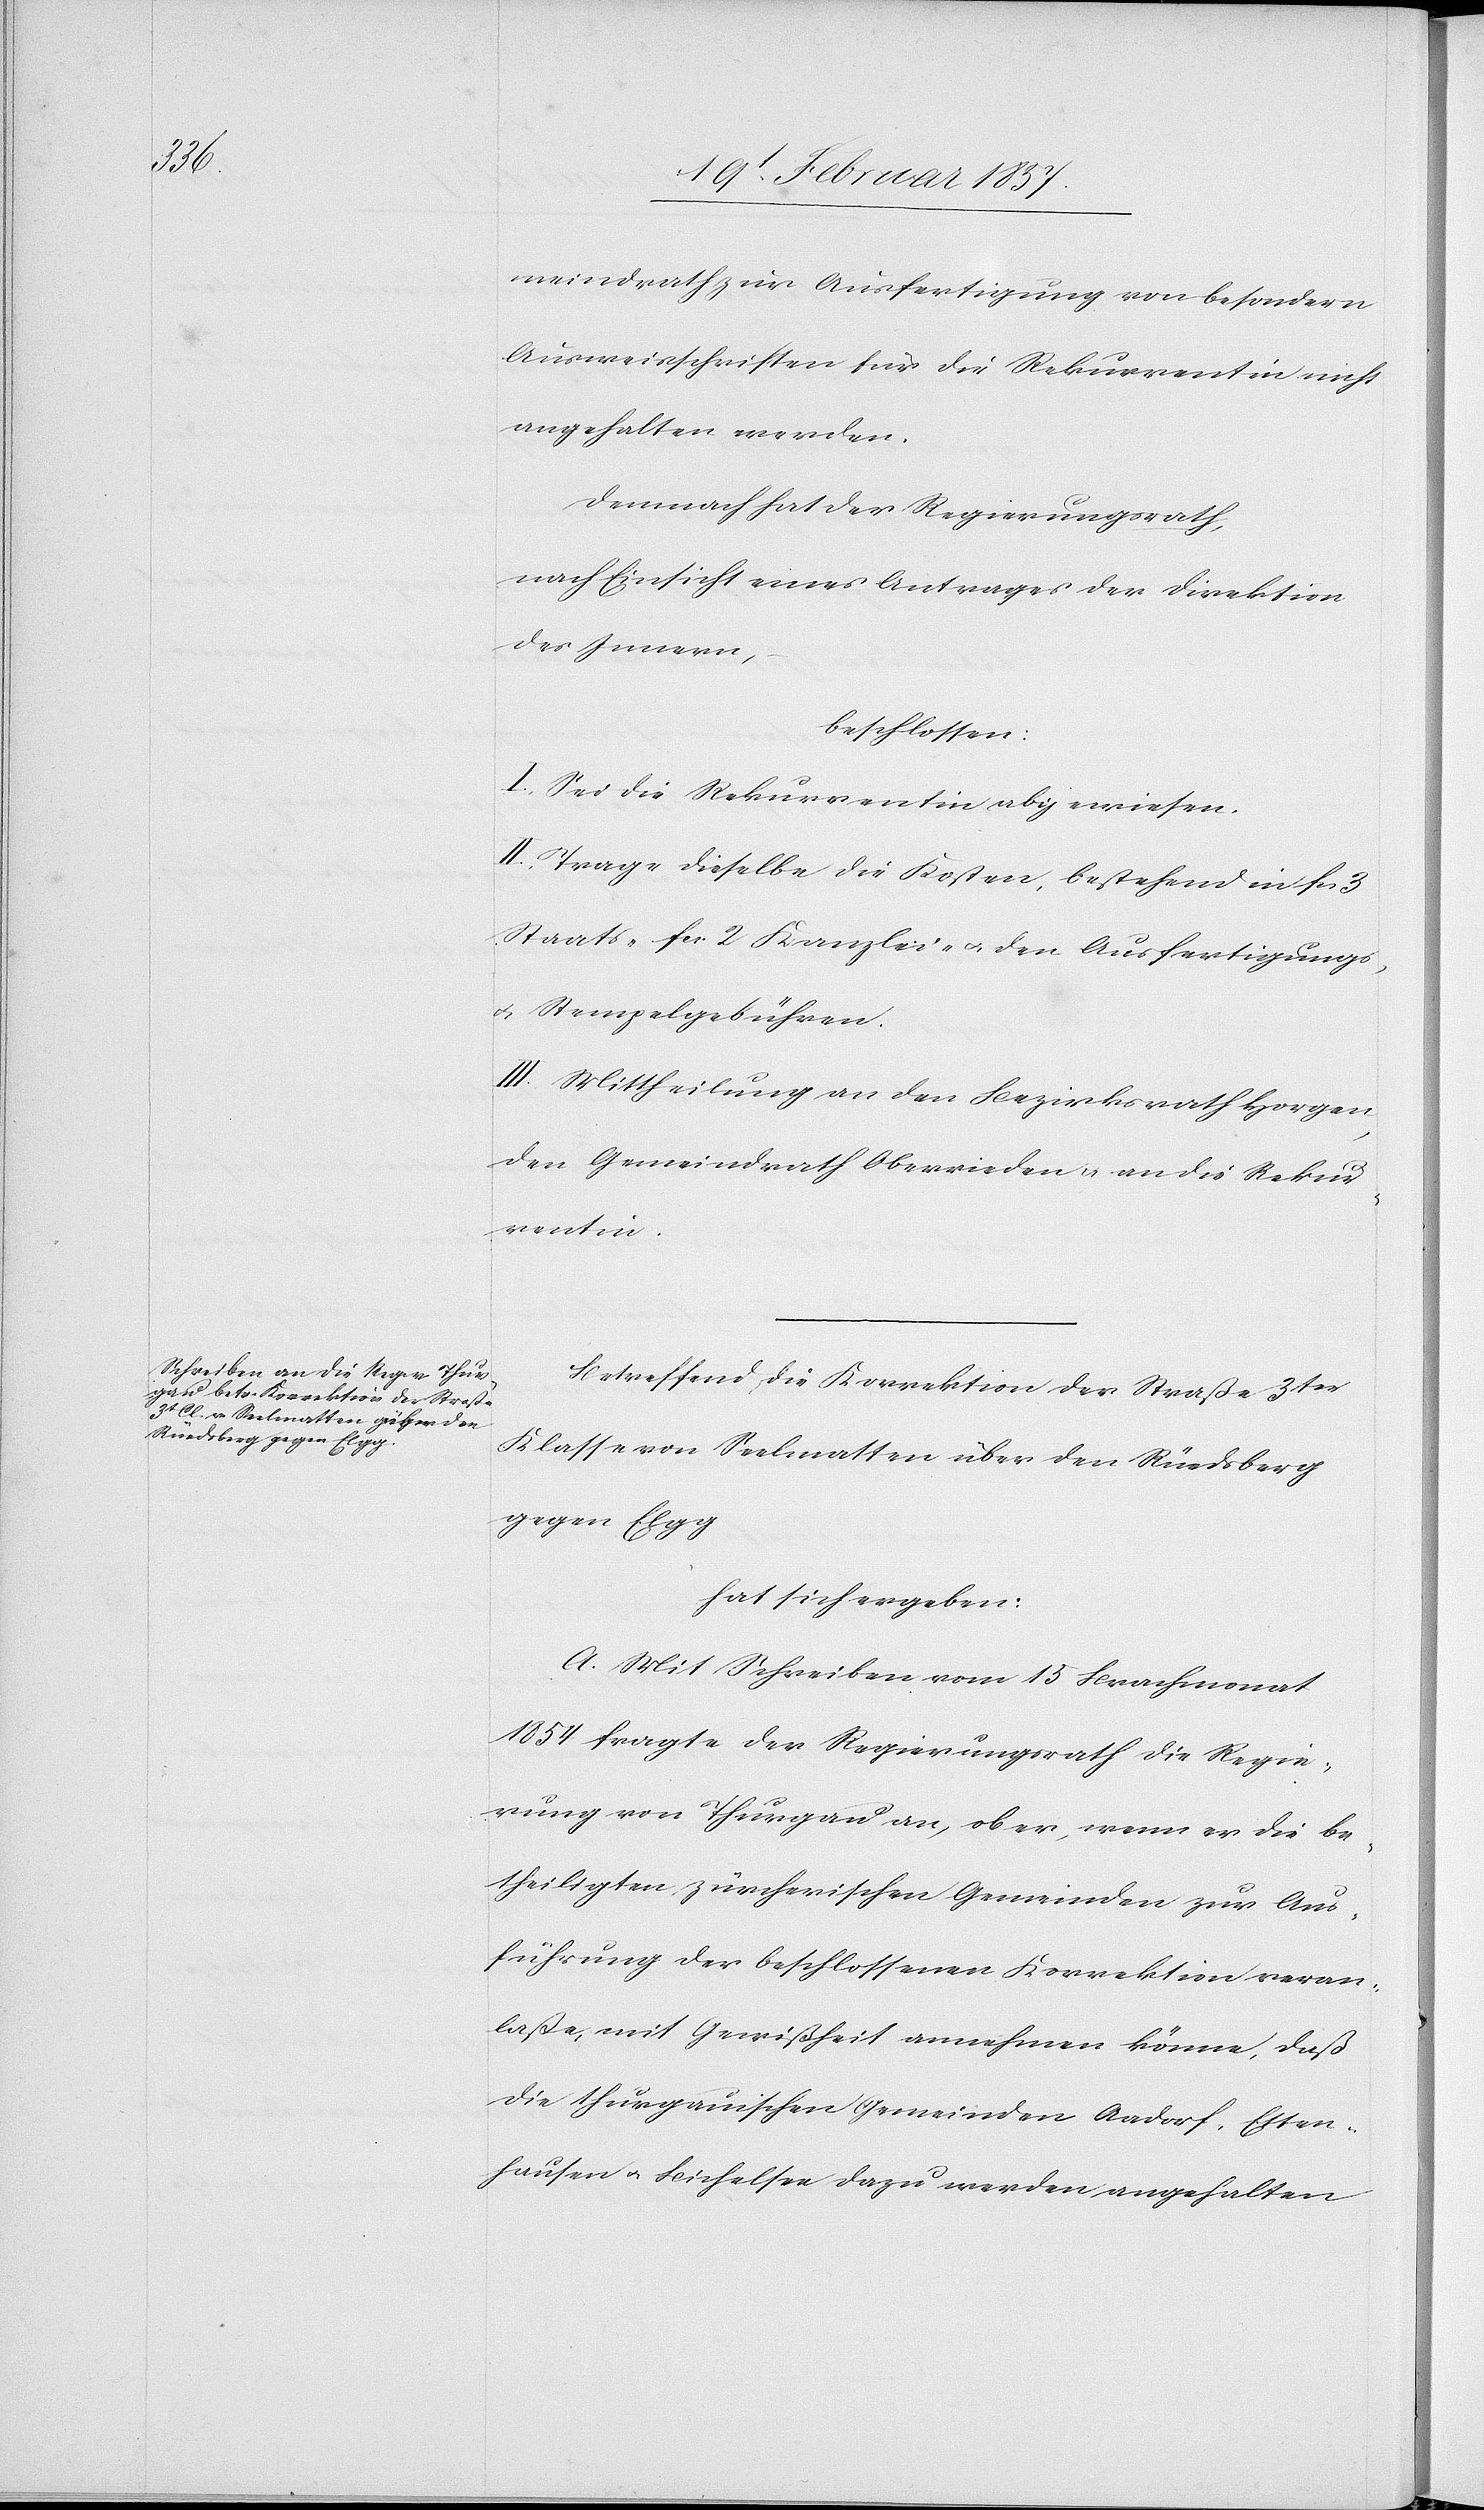
meindrath zur Ausfertigung von besondern
Ausweisschriften für die Rekurrentin nicht
angehalten werden.
Demnach hat der Regierungsrath,
nach Einsicht eines Antrages der Direktion
des Innern,
beschlossen:
I. Sei die Rekurrentin abgewiesen.
II. Trage dieselbe die Kosten, bestehend in fr.
Staats-[,] fr. 2 Kanzlei- u. den Ausfertigungs-
u. Stempelgebühren.
III. Mittheilung an den Bezirksrath Horgen,
den Gemeindrath Oberrieden u. an die Rekur¬
rentin.
Betreffend die Korrektion der Straße 3t
Klasse von Seelmatten über den Rüedsberg
gegen Elgg
hat sich ergeben:
A. Mit Schreiben vom 15 Brachmonat
1854 fragte der Regierungsrath die Regie¬
rung von Thurgau an, ob er, wenn er die be¬
theiligten zürcherischen Gemeinden zur Aus¬
führung der beschlossenen Korrektion veran¬
laße, mit Gewißheit annehmen könne, daß
die thurgauischen Gemeinden Aadorf, Etten¬
hausen u. Bichelsee dazu werden angehalten